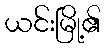
ယင်းမြို့၏